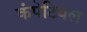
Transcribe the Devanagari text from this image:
कंपेटिबल